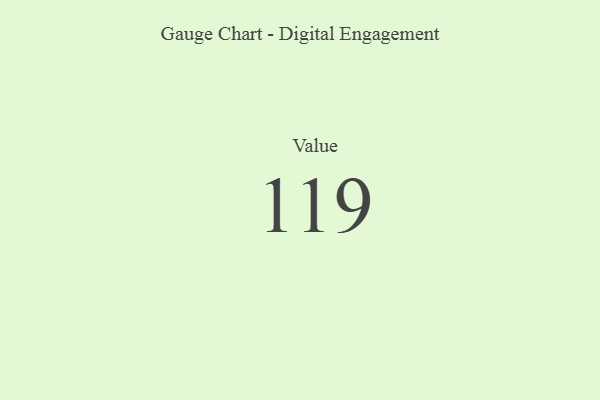
{"axis": {"x": "Metric", "y": "Value"}, "legend": [""], "data": [{"x": "Value", "y": 119, "type": ""}]}